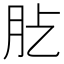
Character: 𦘸